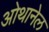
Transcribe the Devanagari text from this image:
ओथानेल